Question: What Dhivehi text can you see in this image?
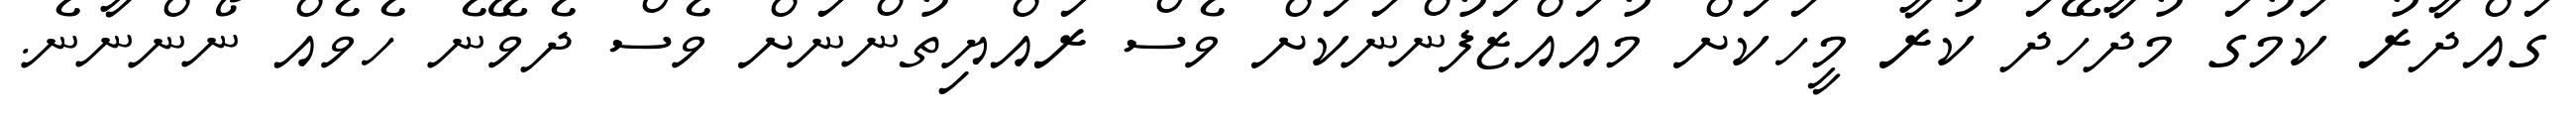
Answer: ގައްދާރު ކަމުގަ މުދާހޭދަ ކުރާ މީހަކަށް މުއައްޒަފުންނަކަށް ވެސް ރައްޔިތުންނަށް ވެސް ދެވޭނެ ހެވެއް ނޯންނާނެ.